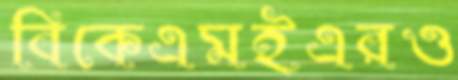
বিকেএমইএরও